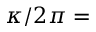
\kappa / 2 \pi =